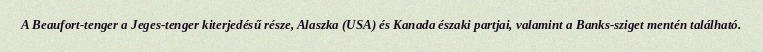
A Beaufort-tenger a Jeges-tenger kiterjedésű része, Alaszka (USA) és Kanada északi partjai, valamint a Banks-sziget mentén található.